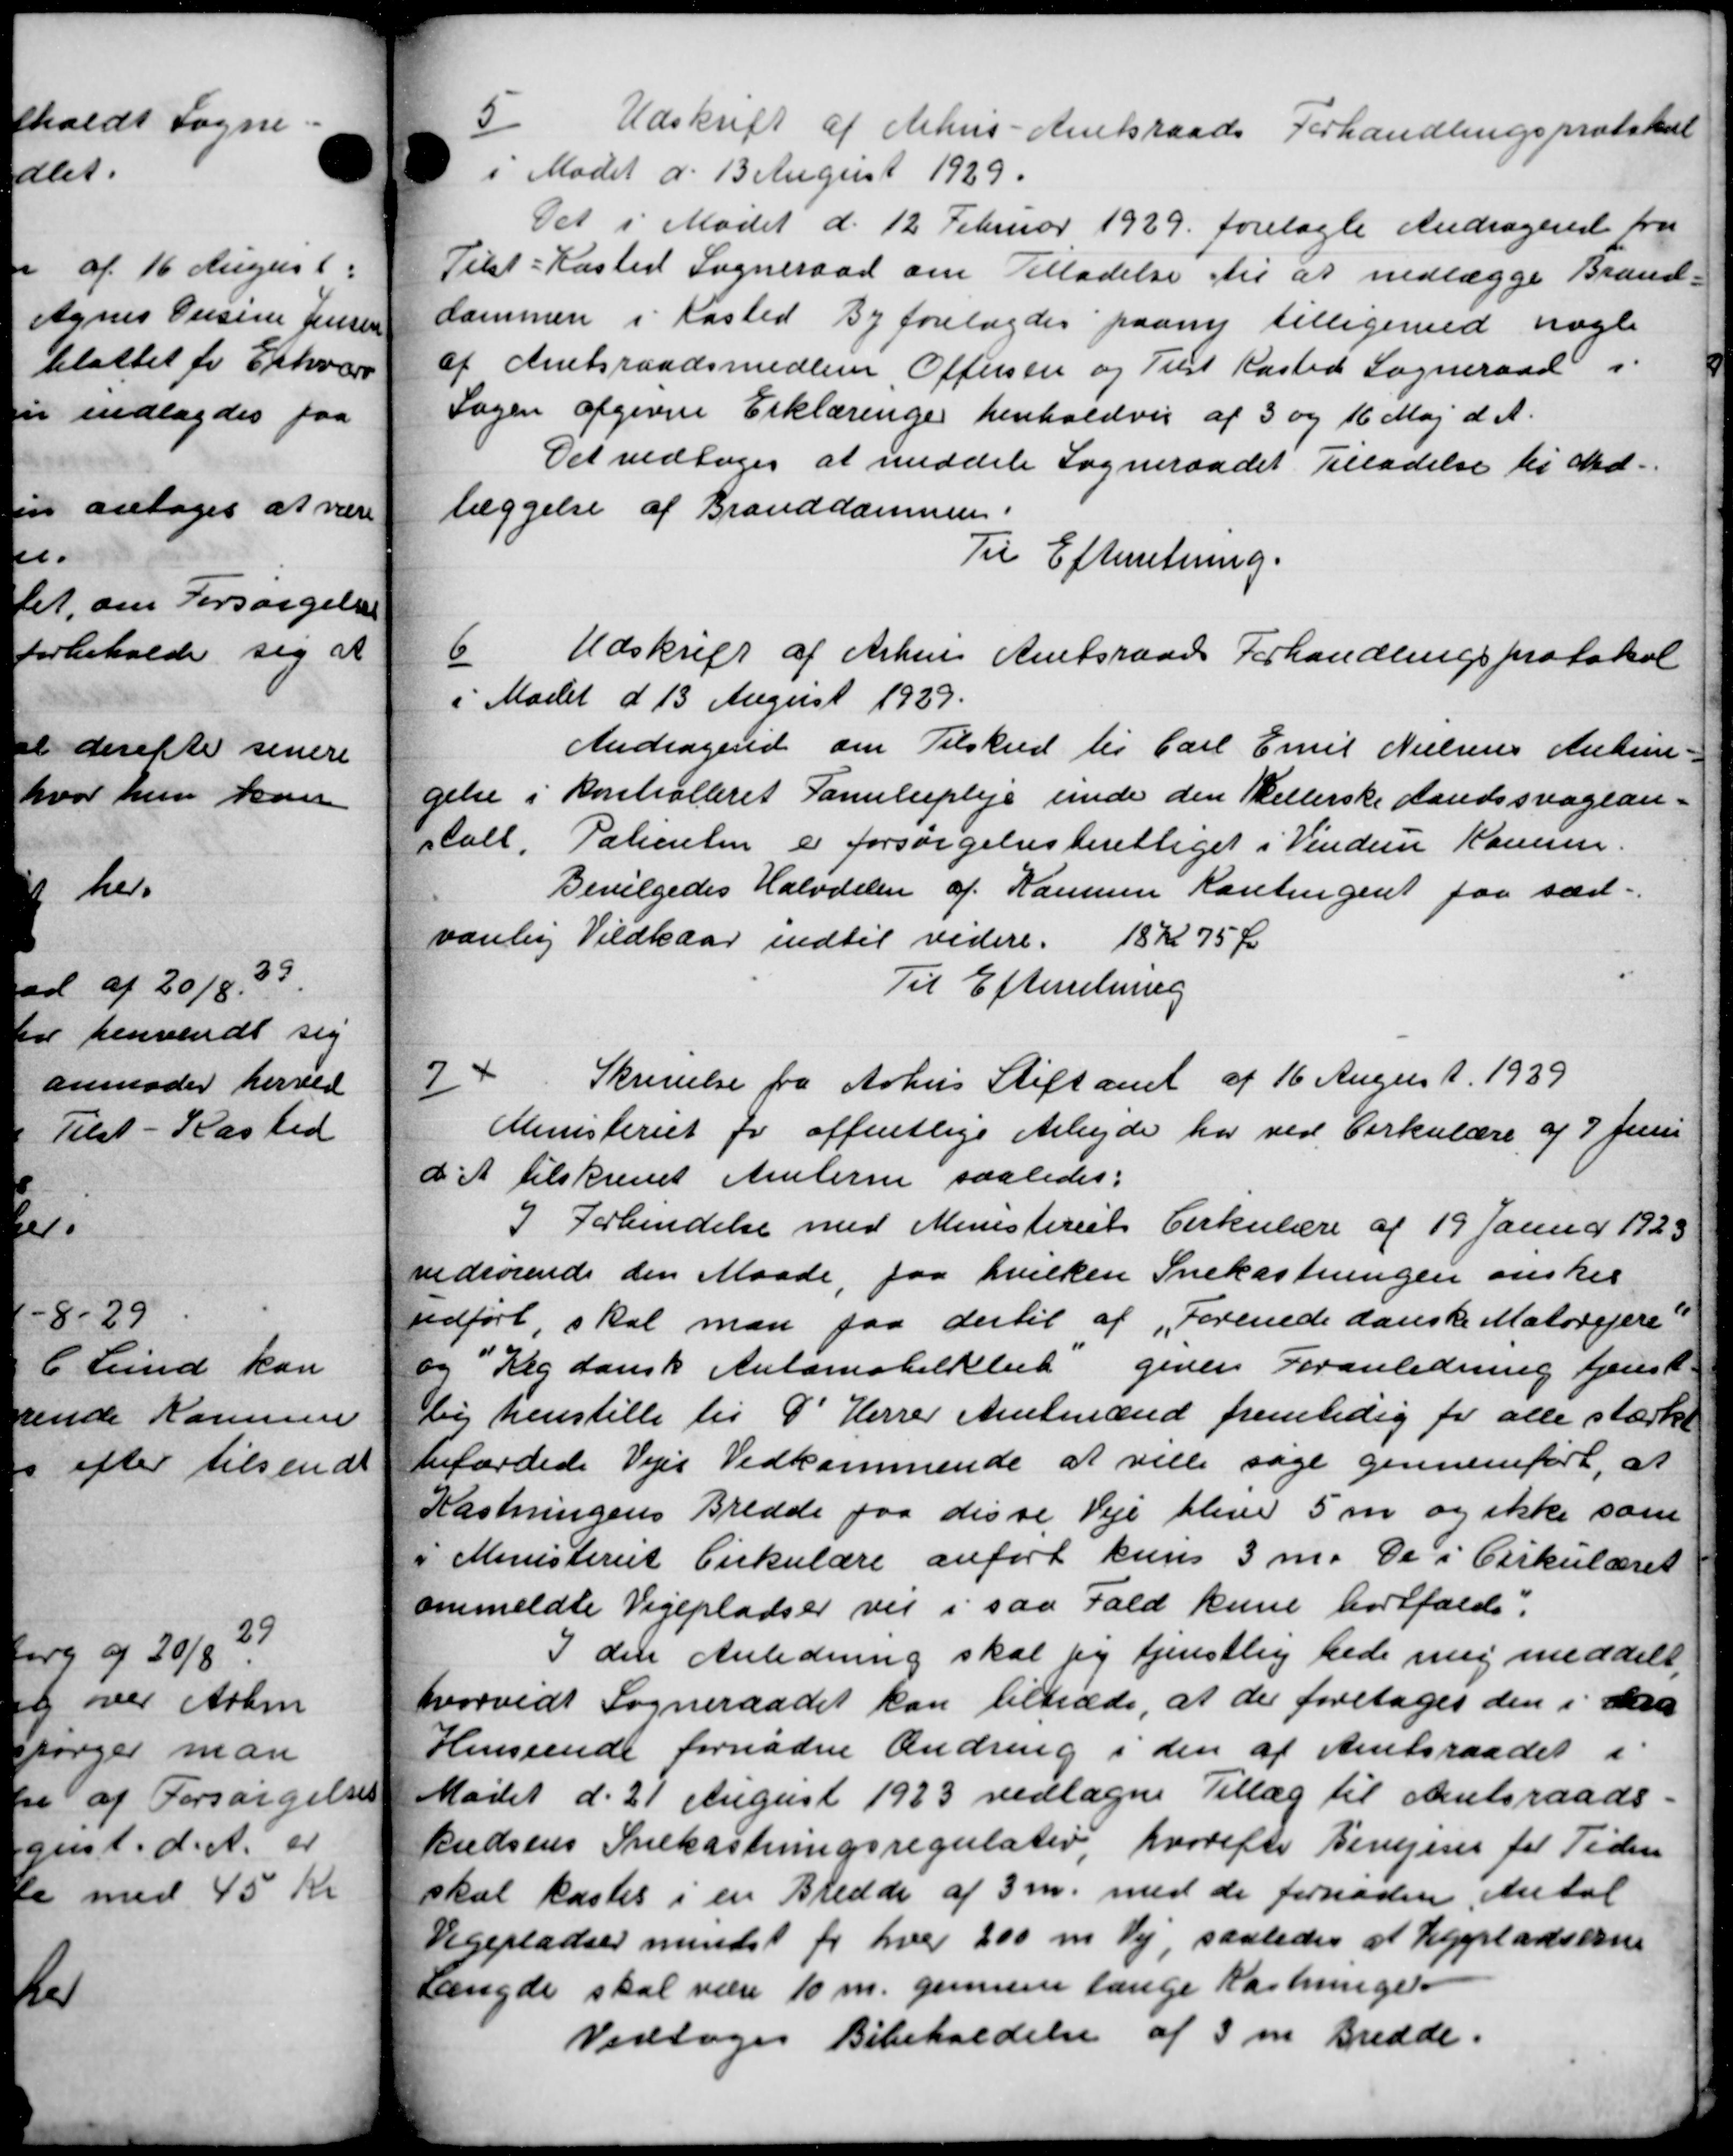
Transskription:
5
Udskrift af Århus - Amtsraads Forhandlingsprotokol
i Mødet d. 13 August 1929.
Det i Mødet d. 12 Februar 1929 forelagte Andragende fra
Tilst-Kasted Sogneraad om Tilladelse til at nedlægge Brand-
dammen i Kasted By forelagdes paany tilligemed nogle
af Amtsraadsmedlem Offersen og Tilst Kasted Sogneraad i
Sagen afgivne Erklæringer henholdvis af 3 og 16 Maj d. A.
Det vedtoges at meddele Sogneraadet Tilladelse til ved-
læggelse af Branddammen.
Til Efterretning.
6
Udskrift af Århus Amtsraads Forhandlingsprotokol
i Mødet d 13 August 1929.
Andragende om Tilskud til Carl Emil Nielsens Antim-
gelse i Kontrolleret Familiepleje unde den Kellerske Aandssvagean-
stalt. Patienten er forsørgelsesberettiget i Vindum Komm.
Bevilgedes Halvdelen af Kammen Kontingent paa sæd-
varelig Vildkaar indtil videre. 18 Kr 75 Øre
Til Efterretning
74
Skrivelse fra Århus Stiftamt af 16 August 1939
Ministeriet for offentlige Arbejde har ved Cirkulære af 7 Juni
d A tilskrevet Amterne saaledes:
I Forbendelse med Ministeriets Cirkulære af 19 Januar 1923
vedrørende den Maade, paa hvilken Snekastningen ønsker
udført, skal man faa dertil af Forenede danske Motorejere
og Reg dansk Automobillet given Foranledning tjenst
by henstille til Herrer Amtmænd fremtidig for alle stærkt
befærdede Vejes Vedkommende at ville søge gennemført, at
Kastningens Bredde paa disse Veje blive 5 m og ikke som
i Ministeriet Cirkulære anført kuns 3 m. De i Cirkulæret
ommeldte Vigepladser vil i saa Fald kun bortfaldes:
I den Anledning skal jeg tjenstlig hede mig meddelt
hvorvidt Sogneraadet kan tiltræde, at der foretages den i den
Henseende fornødne Ændring i den af Amtsraadet i
Mødet d. 21 August 1923 vedtagne Tillæg til Amtsraads-
kudsens Snekastningsregulativ, hvorefter Bevejene for Tiden
skal kastes i en Bredde af 3 m. med de fornøden Antal
Vegepladser mindst for hver 200 m Vej, saaledes at Ligpladserne
Engde skal være 10 m. gennem længe Kastninger
Vedtoges Bibeholdelse af 3 m Bredde.